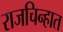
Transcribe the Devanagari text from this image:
राजचिन्हात